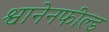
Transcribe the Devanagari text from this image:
श्वानेनफील्ड